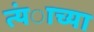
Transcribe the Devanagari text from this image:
त्यंाच्या